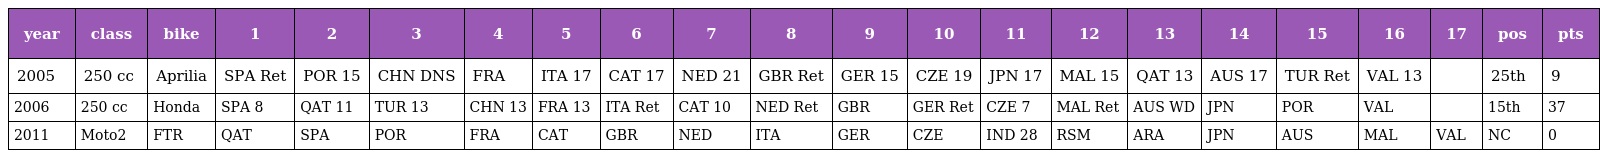
| year | class | bike | 1 | 2 | 3 | 4 | 5 | 6 | 7 | 8 | 9 | 10 | 11 | 12 | 13 | 14 | 15 | 16 | 17 | pos | pts |
 | --- | --- | --- | --- | --- | --- | --- | --- | --- | --- | --- | --- | --- | --- | --- | --- | --- | --- | --- | --- | --- | --- |
 | 2005 | 250 cc | Aprilia | SPA Ret | POR 15 | CHN DNS | FRA | ITA 17 | CAT 17 | NED 21 | GBR Ret | GER 15 | CZE 19 | JPN 17 | MAL 15 | QAT 13 | AUS 17 | TUR Ret | VAL 13 |  | 25th | 9 |
 | 2006 | 250 cc | Honda | SPA 8 | QAT 11 | TUR 13 | CHN 13 | FRA 13 | ITA Ret | CAT 10 | NED Ret | GBR | GER Ret | CZE 7 | MAL Ret | AUS WD | JPN | POR | VAL |  | 15th | 37 |
 | 2011 | Moto2 | FTR | QAT | SPA | POR | FRA | CAT | GBR | NED | ITA | GER | CZE | IND 28 | RSM | ARA | JPN | AUS | MAL | VAL | NC | 0 |